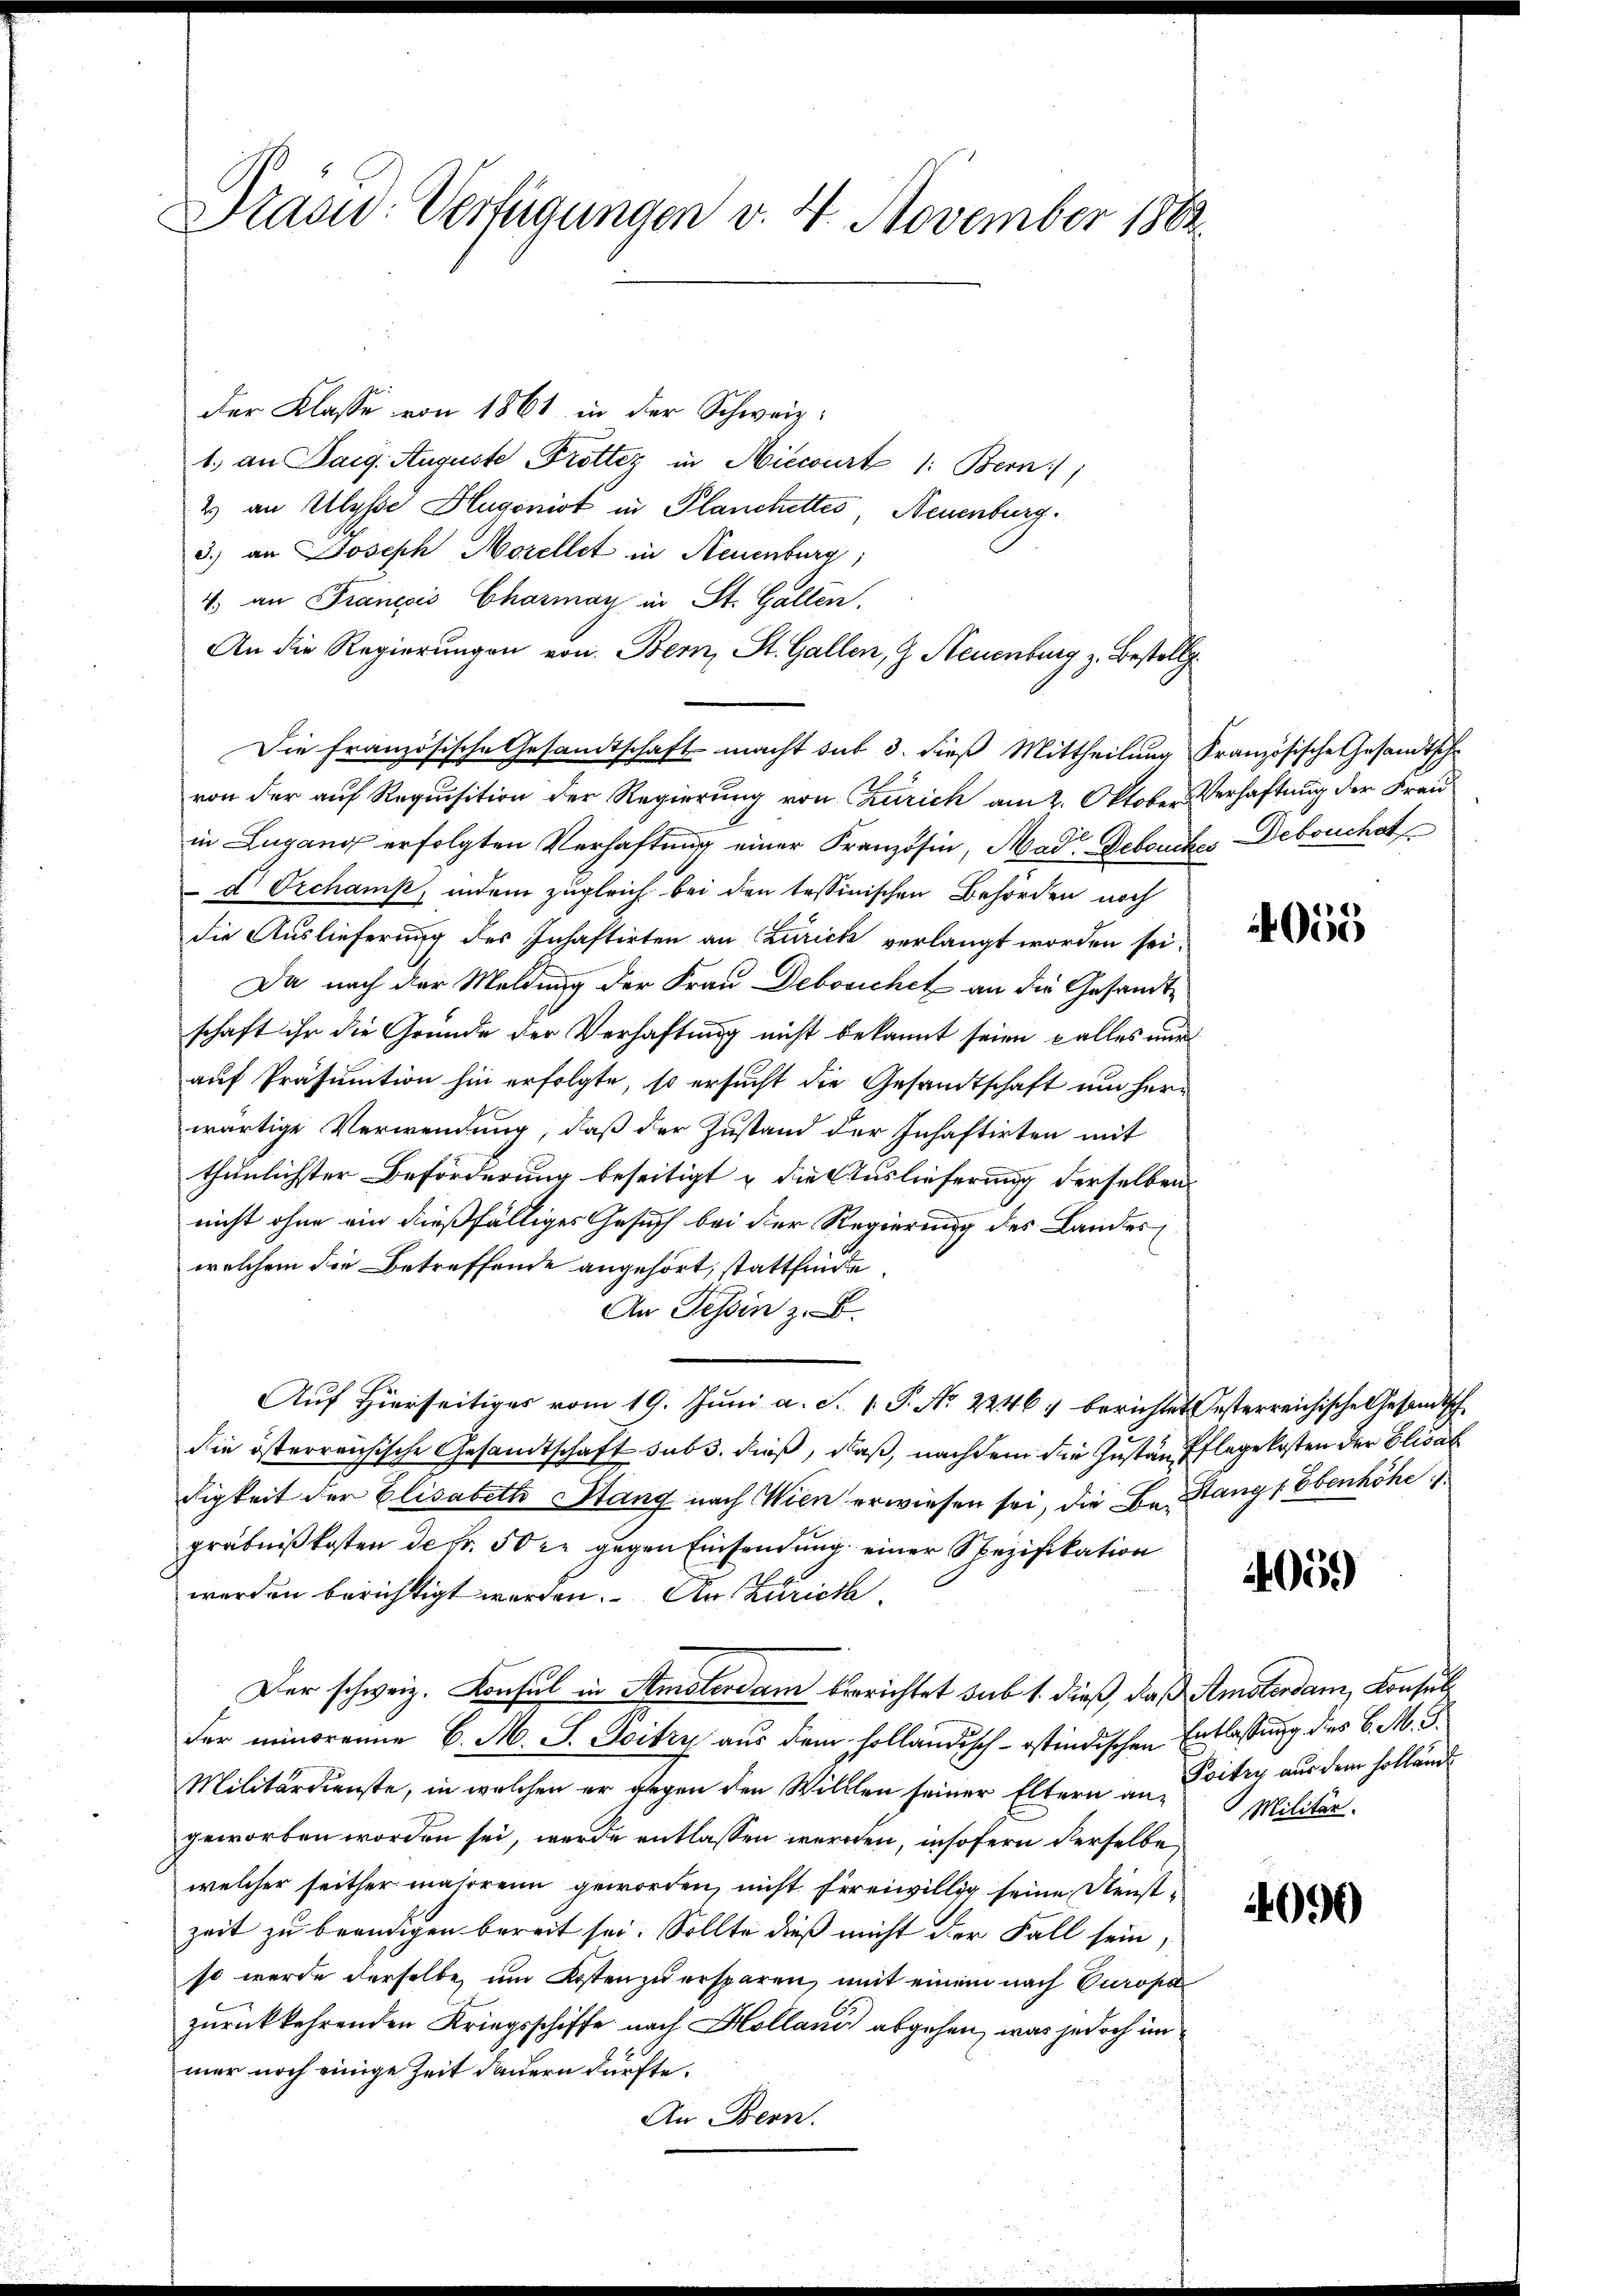
Präsid.- Verfügungen v. 4. November 1882.

der Klasse von 1861 in der Schweiz.
1. an Tag. Auguste Fröttez in Niewurt 1: Bern)
4 an Ulysse Hugonist in Planchettes, Neuenburg.
3.) an Joseph Morellet in Neuenburg,
4. an Franzis Charmay in St. Gallen.
An die Regierungen von Bern, St. Gallen, G. Neuenburg z. Bestellg
Die französische Gesandtschaft macht das 3. dieß Mittheilung Französische Gesandtsche
von der auf Requisition der Regierung von Zürich am 2. Oktober Verhaftung der Frau
in Lugang erfolgten Verhaftung einer Französin, Mad. Debruches Debruchst
d Orchamp, indem zugleich bei den tessinischen Behörden noch
die Auslieferung des Inhastirten an Curick verlangt worden sei.
Da nach der Meldung der Frau Debosichet an die Gesandtschaft ihr die Gründe der Verhaftung nicht bekannt seien alles nur
auf Präsumtion hin erfolgte, so ersucht die Gesandtschaft und Herr
wärtige Verwendung, daß der Zustand der Inhaftirten mit
thunlichster Beförderung beseitigt u die Auslieferung derselben
nicht ohne ein dießfälliges Gesuch bei der Regierung des Landeswelchem die Betreffende angehört, stattfinde
An Tessin z. B.
Auf Hierseitiges vom 19. Juni a. S. 1 P. No 2246/ berichtet Oesterreichische Gesandtsch
die österreichische Gesandtschaft sub 3. dieß, daß, nachdem die Zustand Pflege kosten der Elisab
digkeit der Elisabeth Stang nach Wien erwiesen sei, die Be- Stang Ebenhöhe
gräbnißkosten der 50 xr gegen Einsendung einer Spezifikation
werden berichtigt werden. An Zürich
Der schweiz. Konsul in Amsterdam berichtet sub 1. dieß, daß Amsterdam, Konsulder minorenne C. M. J. Poitry aus dem holländisch-ostindischen Entlassung des C. M. D.
Militärdienste, in welchen er gegen den Willlen seiner Eltern an Koitey aus dem Holländ
geworben worden sei, werde entlassen werden, insofern derselbe
welcher seither mahrrein geworden, nicht freiwillig seine Dienst-
zeit zu beendigen bereit sei. Sollte dieß nicht der Fall sein
so werde derselbe, um Kosten zu ersparen, mit einem nach Europa
zurückkehrenden Kriegsschiffe nach Holland abgehen, was jedoch im
mer noch einige Zeit dauern dürfte.
An Bern.

4055

4059)

Militär.

4090